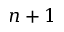
n + 1